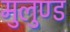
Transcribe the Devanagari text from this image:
मुलुण्ड